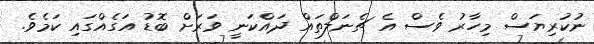
ނުކުރިޔަސް މިހާރު ވެސް އެ ޗެނަލްތައް ދައްކަނީ ވަރަށް ބޮޑު އަގެއްގައި ކަމެވެ.